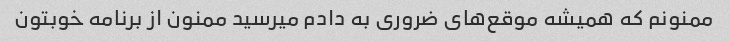
ممنونم که همیشه موقع‌های ضروری به دادم میرسید ممنون از برنامه خوبتون